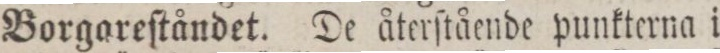
Borgareſtåndet. De återſtående punkterna i